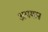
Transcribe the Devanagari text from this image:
अपयान